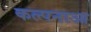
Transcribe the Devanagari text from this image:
कल्पनाआ